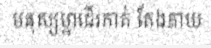
មនុស្សម្នាដើរកាត់ តែងភាយ